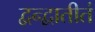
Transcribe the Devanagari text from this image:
द्वन्द्वातीतं